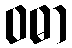
ဝဓာ